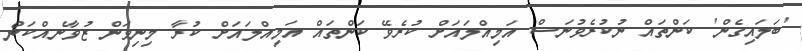
'ބަލައިގެން' ކަންތައް ނުކުރެވުނަސް އަމިއްލައަށް ކުރެވޭ ކަންތައް އަމިއްލައަށް ކުރާ މިނިވަން ޒުވާނެއްކަން